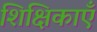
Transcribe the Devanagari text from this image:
शिक्षिकाएँ